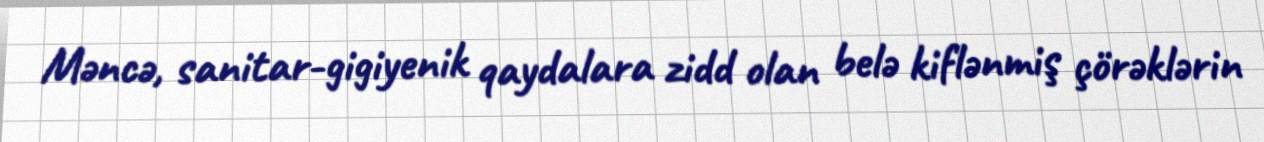
Məncə, sanitar-gigiyenik qaydalara zidd olan belə kiflənmiş çörəklərin